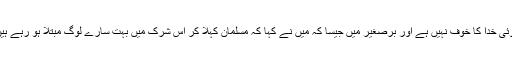
کوئی خدا کا خوف نہیں ہے اور برصغیر میں جیسا کہ مَیں نے کہا کہ مسلمان کہلا کر اس شرک میں بہت سارے لوگ مبتلا ہو رہے ہیں۔